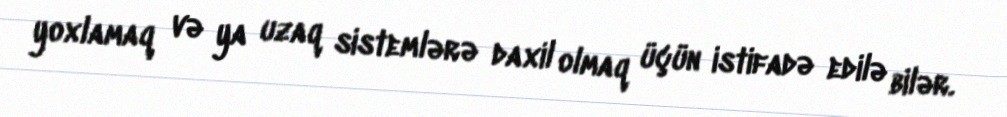
yoxlamaq və ya uzaq sistemlərə daxil olmaq üçün istifadə edilə bilər.